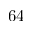
6 4